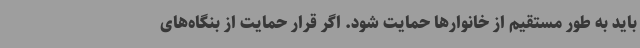
باید به طور مستقیم از خانوارها حمایت شود. اگر قرار حمایت از بنگاه‌های